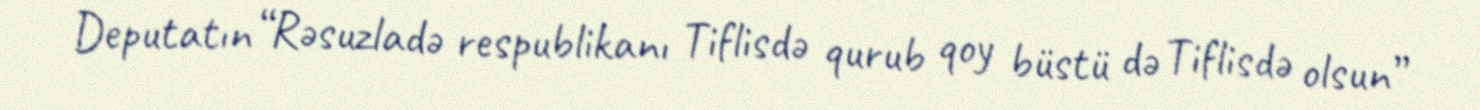
Deputatın “Rəsuzladə respublikanı Tiflisdə qurub qoy büstü də Tiflisdə olsun”